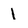
Character: 1